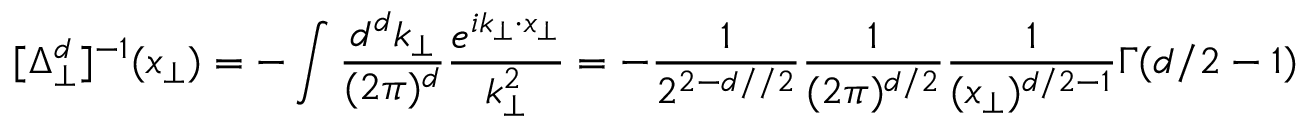
[ \Delta _ { \perp } ^ { d } ] ^ { - 1 } ( x _ { \perp } ) = - \int \frac { d ^ { d } k _ { \perp } } { ( 2 \pi ) ^ { d } } \frac { e ^ { i k _ { \perp } \cdot x _ { \perp } } } { k _ { \perp } ^ { 2 } } = - \frac { 1 } { 2 ^ { 2 - d / / 2 } } \frac { 1 } { ( 2 \pi ) ^ { d / 2 } } \frac { 1 } { ( x _ { \perp } ) ^ { d / 2 - 1 } } \Gamma ( d / 2 - 1 )